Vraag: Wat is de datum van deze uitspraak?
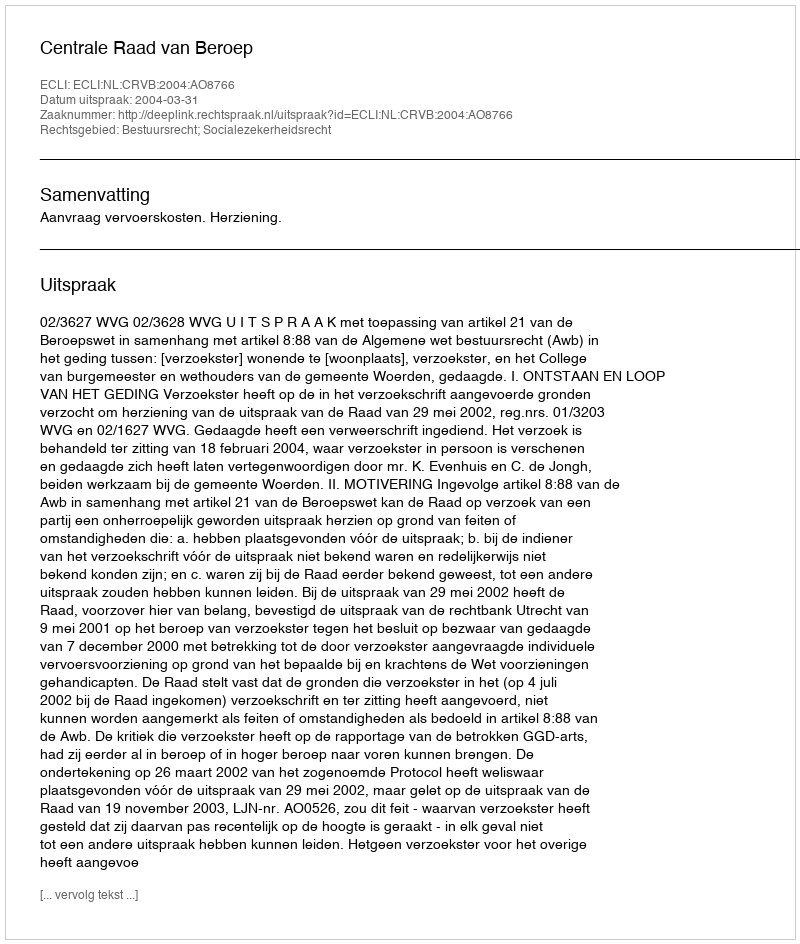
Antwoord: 2004-03-31